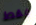
فقط